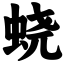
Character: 蛲